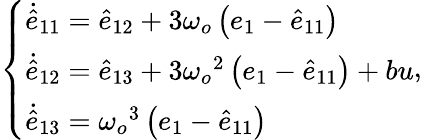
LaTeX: \left\{ \begin{array}{ll}{\dot{\hat{e}}_{11}=\hat{e}_{12}+3\omega_{o}\left(e_{1}-\hat{e}_{11}\right)}\\ {\dot{\hat{e}}_{12}=\hat{e}_{13}+3{\omega_{o}}^{2}\left(e_{1}-\hat{e}_{11}\right)+bu}\\ {\dot{\hat{e}}_{13}={\omega_{o}}^{3}\left(e_{1}-\hat{e}_{11}\right)}\end{array}\right.,